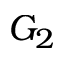
G _ { 2 }